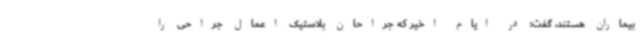
بیماران هستند، گفت: در ایام اخیر که جراحان پلاستیک اعمال جراحی را